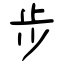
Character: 步